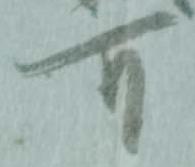
可